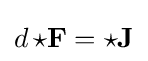
d\,{\star }\mathbf {F} =\star \mathbf {J}